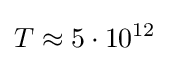
T\approx 5\cdot 10^{12}